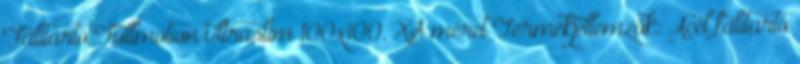
Falitartó Fullmotion Ultraslim 100x100, XS méret Termékjellemzők: Acél falitartó